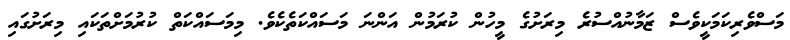
މަސްވެރިކަމަކީވެސް ޒަމާނުއްސުރެ މިރަށުގެ މީހުން ކުރަމުން އަންނަ މަސައްކަތެކެވެ. މިމަސައްކަތް ކުރުމަށްތަކައި މިރަށުގައި